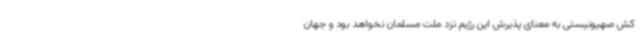
کش صهیونیستی به معنای پذیرش این رژیم نزد ملت مسلمان نخواهد بود و جهان